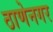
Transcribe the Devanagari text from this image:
ठाणेनगर